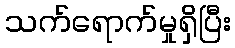
သက်ရောက်မှုရှိပြီး